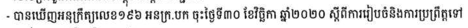
- បានឃើញអនុក្រឹត្យលេខ១៩៦ អនក្រ.បក ចុះថ្ងៃទី៣០ ខែវិច្ឆិកា ឆ្នាំ២០២០ ស្តីពីការរៀបចំនិងការប្រព្រឹត្តទៅ